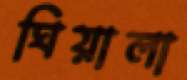
ঘিয়ালা